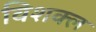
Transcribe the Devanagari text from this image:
विशक्ल